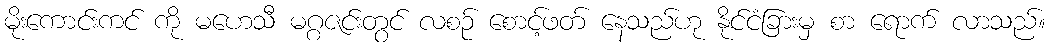
မိုးကောင်းကင် ကို မဟေသီ မဂ္ဂဇင်းတွင် လစဉ် စောင့်ဖတ် နေသည်ဟု နိုင်ငံခြားမှ စာ ရောက် လာသည်။